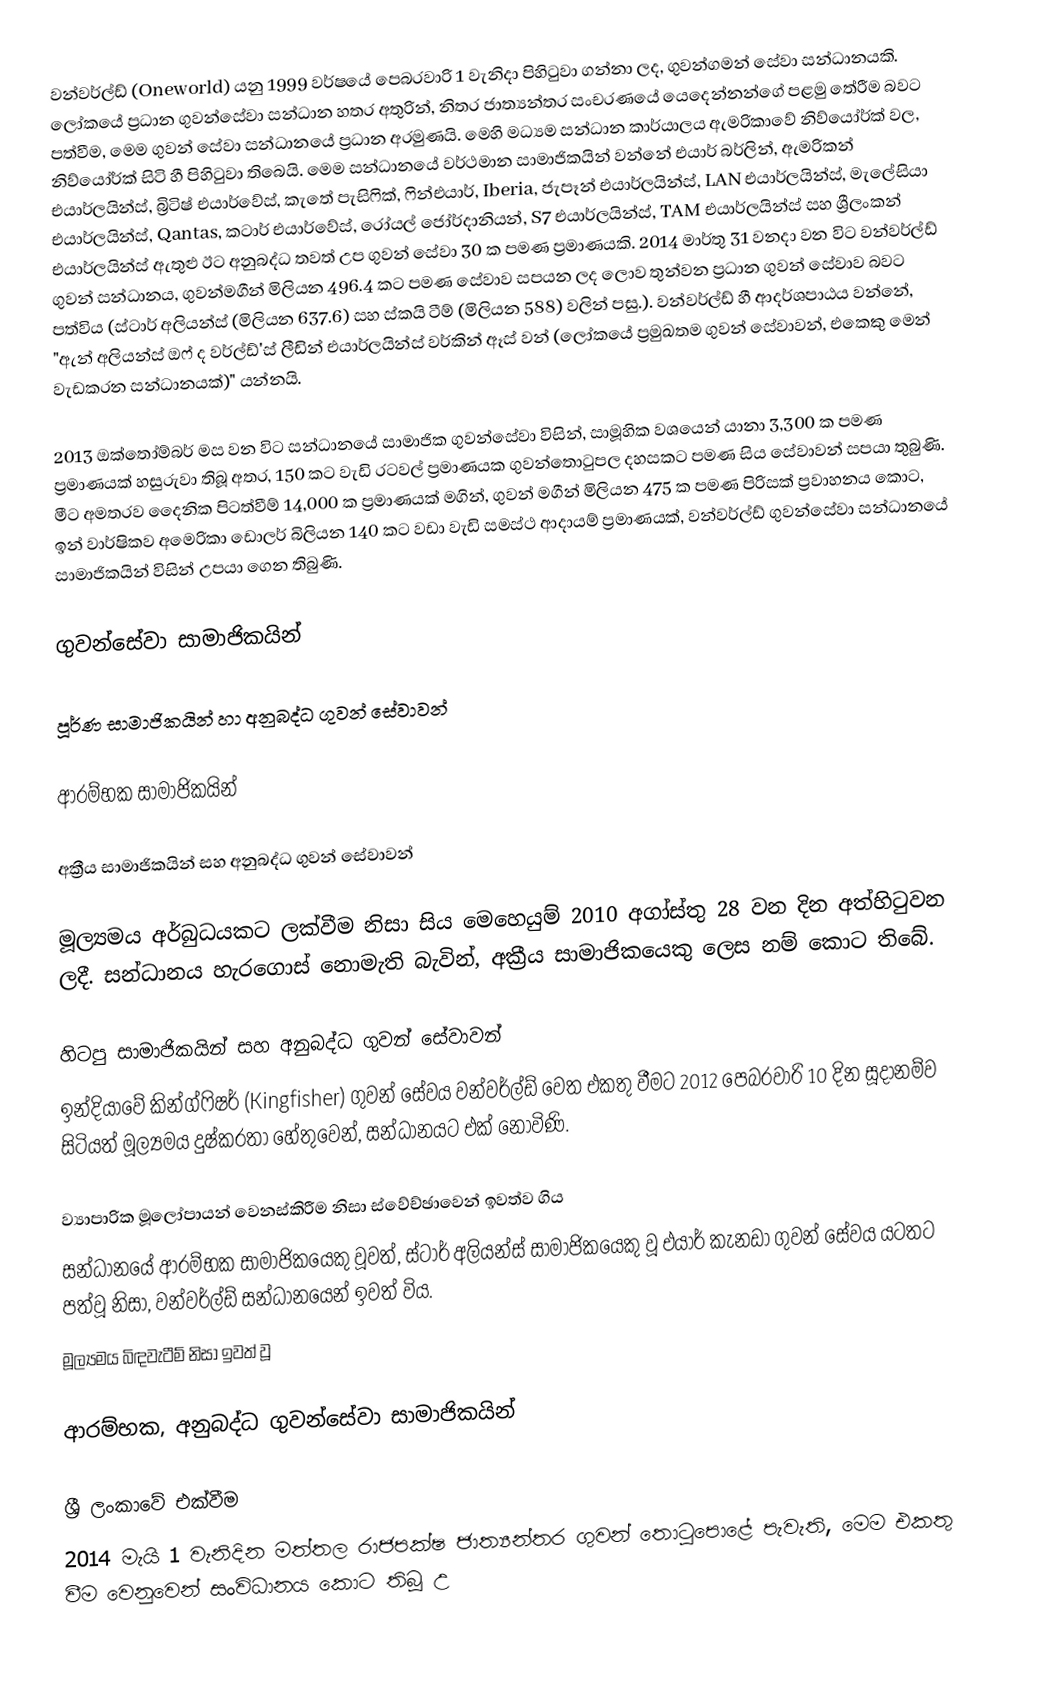
වන්වර්ල්ඩ් (Oneworld) යනු 1999 වර්ෂයේ පෙබරවාරි 1 වැනිදා පිහිටුවා ගන්නා ලද, ගුවන්ගමන් සේවා සන්ධානයකි. ලෝකයේ ප්‍රධාන ගුවන්සේවා සන්ධාන හතර අතුරින්, නිතර ජාත්‍යන්තර සංචරණයේ යෙදෙන්නන්ගේ පළමු තේරීම බවට පත්වීම, මෙම ගුවන් සේවා සන්ධානයේ ප්‍රධාන අරමුණයි. මෙහි මධ්‍යම සන්ධාන කාර්යාලය ඇමරිකාවේ නිව්යෝර්ක් වල, නිව්යෝර්ක් සිටි හී පිහිටුවා තිබෙයි. මෙම සන්ධානයේ වර්ථමාන සාමාජිකයින් වන්නේ එයාර් බර්ලින්, ඇමරිකන් එයාර්ලයින්ස්, බ්‍රිටිෂ් එයාර්වේස්, කැතේ පැසිෆික්, ෆින්එයාර්, Iberia, ජැපෑන් එයාර්ලයින්ස්, LAN එයාර්ලයින්ස්, මැලේසියා එයාර්ලයින්ස්, Qantas, කටාර් එයාර්වේස්, රෝයල් ජෝර්දානියන්, S7 එයාර්ලයින්ස්, TAM එයාර්ලයින්ස් සහ ශ්‍රීලංකන් එයාර්ලයින්ස් ඇතුළු ඊට අනුබද්ධ තවත් උප ගුවන් සේවා 30 ක පමණ ප්‍රමාණයකි. 2014 මාර්තු 31 වනදා වන විට වන්වර්ල්ඩ් ගුවන් සන්ධානය, ගුවන්මගීන් මිලියන 496.4 කට පමණ සේවාව සපයන ලද ලොව තුන්වන ප්‍රධාන ගුවන් සේවාව බවට පත්විය (ස්ටාර් අලියන්ස් (මිලියන 637.6) සහ ස්කයි ටීම් (මිලියන 588) වලින් පසු.). වන්වර්ල්ඩ් හී ආදර්ශපාඨය වන්නේ, "ඇන් අලියන්ස් ඔෆ් ද වර්ල්ඩ්'ස් ලීඩින් එයාර්ලයින්ස් වර්කින් ඈස් වන් (ලෝකයේ ප්‍රමුඛතම ගුවන් සේවාවන්, එකෙකු මෙන් වැඩකරන සන්ධානයක්)" යන්නයි.

2013 ඔක්තෝම්බර් මස වන විට සන්ධානයේ සාමාජික ගුවන්සේවා විසින්, සාමූහික වශයෙන් යානා 3,300 ක පමණ ප්‍රමාණයක් හසුරුවා තිබූ අතර, 150 කට වැඩි රටවල් ප්‍රමාණයක ගුවන්තොටුපල දහසකට පමණ සිය සේවාවන් සපයා තුබුණි. මීට අමතරව දෛනික පිටත්වීම් 14,000 ක ප්‍රමාණයක් මගින්, ගුවන් මගීන් මිලියන 475 ක පමණ පිරිසක් ප්‍රවාහනය කොට, ඉන් වාර්ෂිකව අමෙරිකා ඩොලර් බිලියන 140 කට වඩා වැඩි සමස්ථ ආදායම් ප්‍රමාණයක්, වන්වර්ල්ඩ් ගුවන්සේවා සන්ධානයේ සාමාජිකයින් විසින් උපයා ගෙන තිබුණි.

ගුවන්සේවා සාමාජිකයින්

පූර්ණ සාමාජිකයින් හා අනුබද්ධ ගුවන් සේවාවන්

ආරම්භක සාමාජිකයින්

අක්‍රීය සාමාජිකයින් සහ අනුබද්ධ ගුවන් සේවාවන්

මූල්‍යමය අර්බුධයකට ලක්වීම නිසා සිය මෙහෙයුම් 2010 අගා්ස්තු 28 වන දින අත්හිටුවන ලදී. සන්ධානය හැරගොස් නොමැති බැවින්, අක්‍රීය සාමාජිකයෙකු ලෙස නම් කොට තිබේ.

හිටපු සාමාජිකයින් සහ අනුබද්ධ ගුවන් සේවාවන්
ඉන්දියාවේ කින්ග්ෆිෂර් (Kingfisher) ගුවන් සේවය වන්වර්ල්ඩ් වෙත එකතු වීමට 2012 පෙබරවාරි 10 දින සූදානම්ව සිටියත් මූල්‍යමය දුෂ්කරතා හේතුවෙන්, සන්ධානයට එක් නොවිණි.

ව්‍යාපාරික මූලෝපායන් වෙනස්කිරීම නිසා ස්වේච්ඡාවෙන් ඉවත්ව ගිය
සන්ධානයේ ආරම්භක සාමාජිකයෙකු වූවත්, ස්ටාර් අලියන්ස් සාමාජිකයෙකු වූ එයාර් කැනඩා ගුවන් සේවය යටතට පත්වූ නිසා, වන්වර්ල්ඩ් සන්ධානයෙන් ඉවත් විය.
මූල්‍යමය බිඳවැටීම් නිසා ඉවත් වූ

ආරම්භක, අනුබද්ධ ගුවන්සේවා සාමාජිකයින්

ශ්‍රී ලංකාවේ එක්වීම
2014 මැයි 1 වැනිදින මත්තල රාජපක්ෂ ජාත්‍යන්තර ගුවන් තොටුපොළේ පැවැති, මෙම එකතු වීම වෙනුවෙන් සංවිධානය කොට තිබූ උ